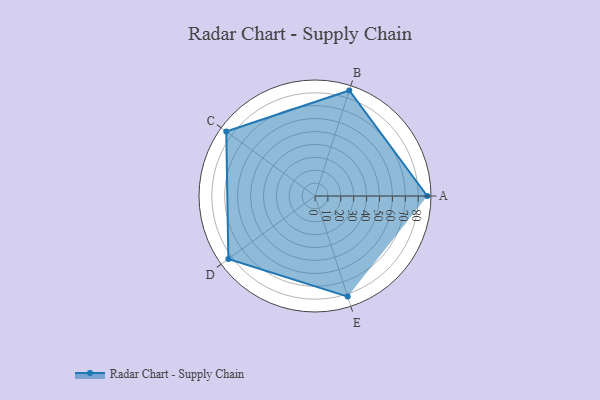
{"axis": {"x": "Skill", "y": "Score"}, "legend": ["Profile"], "data": [{"x": "A", "y": 87.0, "type": "Profile"}, {"x": "B", "y": 86.0, "type": "Profile"}, {"x": "C", "y": 85.0, "type": "Profile"}, {"x": "D", "y": 83.0, "type": "Profile"}, {"x": "E", "y": 82.0, "type": "Profile"}]}